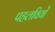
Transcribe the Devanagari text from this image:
पहलवियों